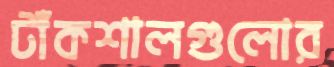
টাঁকশালগুলোর